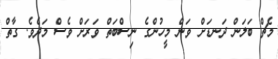
މެޗް ބަލަން ދަނޑަށް ވަން މީހުންގެ ނިސްބަތް ވަރަށް ވެސް މަދެވެ. ގާތް